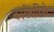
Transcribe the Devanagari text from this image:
कार्यवाहिय़ों